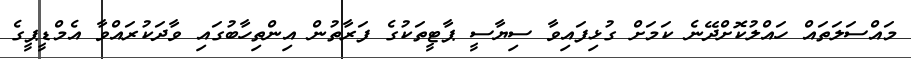
މައްސަލަތައް ހައްލުކޮށްދޭނެ ކަމަށް ގުޅިފައިވާ ސިޔާސީ ޕާޓީތަކުގެ ފަރާތުން އިންތިހާބުގައި ވާދަކުރައްވާ އެމްޑީޕީގެ